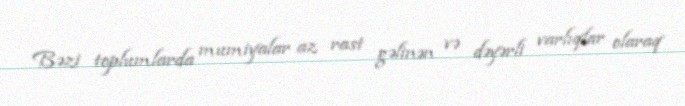
Bəzi toplumlarda mumiyalar az rast gəlinən və dəyərli varlıqlar olaraq